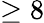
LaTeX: \geq 8